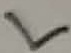
Text: L